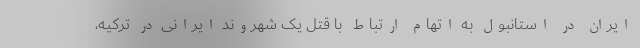
ایران در استانبول به اتهام ارتباط با قتل یک شهروند ایرانی در ترکیه،